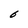
Character: b